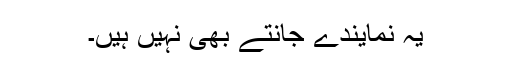
یہ نمایندے جانتے بھی نہیں ہیں۔